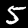
Digit: 5